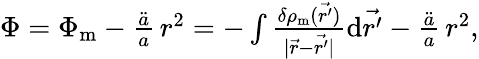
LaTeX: \begin{array}{r}{\Phi=\Phi_{\mathrm{m}}-\frac{\ddot{a}}{a}\, r^{2}=-\int\frac{\delta\rho_{\mathrm{m}}(\vec{r^{\prime}})}{\mid\vec{r}-\vec{r^{\prime}}\mid}\mathrm{d}\vec{r^{\prime}}-\frac{\ddot{a}}{a}\, r^{2},}\end{array}